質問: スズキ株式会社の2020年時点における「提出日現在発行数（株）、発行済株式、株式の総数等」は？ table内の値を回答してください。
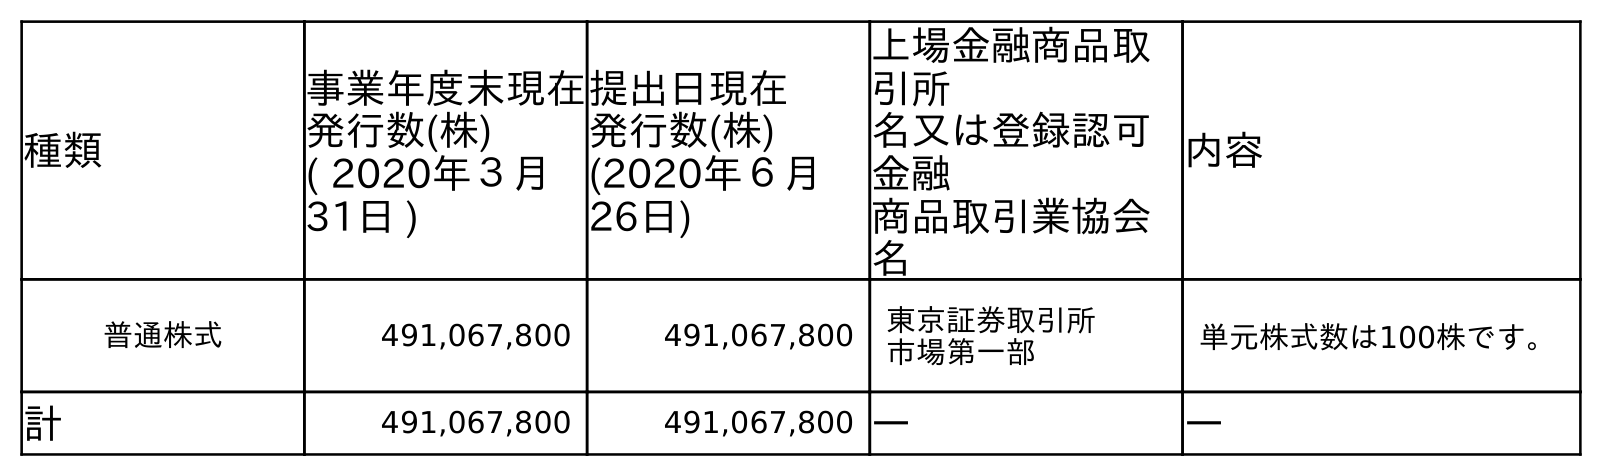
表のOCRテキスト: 種類 事業年度末現在 発行数(株) ( 2020年３月 31日 ) 提出日現在 発行数(株) (2020年６月 26日) 上場金融商品取 引所 名又は登録認可 金融 商品取引業協会 名 内容 普通株式 491,067,800 491,067,800 東京証券取引所 市場第一部 単元株式数は100株です。 計 491,067,800 491,067,800 ― ―
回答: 491,067,800